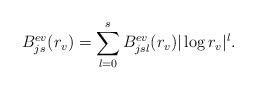
\begin{align*} B_{js}^{ev}(r_v) = \sum_{l=0}^s B_{jsl}^{ev}(r_v)|\log r_v|^l.\end{align*}